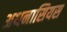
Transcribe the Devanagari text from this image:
अथनासियस